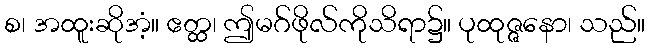
စ၊ အထူးဆိုအံ့။ ဧတ္ထ၊ ဤမဂ်ဖိုလ်ကိုသိရာ၌။ ပုထုဇ္ဇနော၊ သည်။